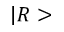
| R >